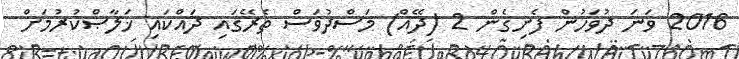
2016 ވަނަ ދުވަހުން ފެށިގެން 2 (ދޭއް) މަސްދުވަސް ތެރޭގައި ދައްކައި ޚަލާޞްކުރުމަށް